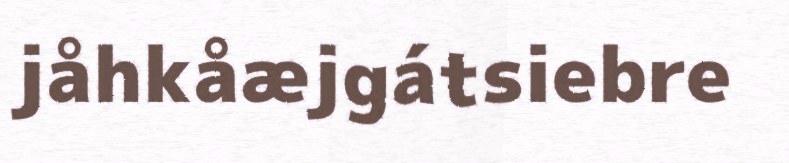
jåhkåæjgátsiebre